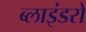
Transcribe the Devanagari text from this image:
ब्लाइंडरों